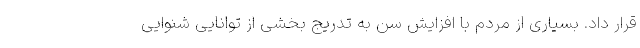
قرار داد. بسیاری از مردم با افزایش سن به تدریج بخشی از توانایی شنوایی